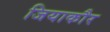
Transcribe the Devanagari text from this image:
जियाकौर